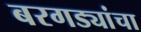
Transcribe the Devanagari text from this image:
बरगड्यांचा